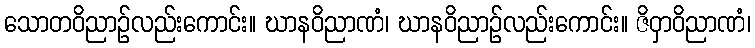
သောတဝိညာဉ်လည်းကောင်း။ ဃာနဝိညာဏံ၊ ဃာနဝိညာဉ်လည်းကောင်း။ ဇိဝှာဝိညာဏံ၊